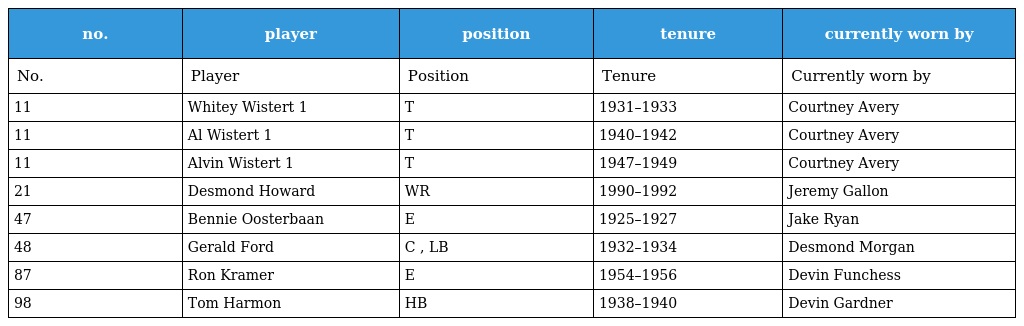
| no. | player | position | tenure | currently worn by |
 | --- | --- | --- | --- | --- |
 | No. | Player | Position | Tenure | Currently worn by |
 | 11 | Whitey Wistert 1 | T | 1931–1933 | Courtney Avery |
 | 11 | Al Wistert 1 | T | 1940–1942 | Courtney Avery |
 | 11 | Alvin Wistert 1 | T | 1947–1949 | Courtney Avery |
 | 21 | Desmond Howard | WR | 1990–1992 | Jeremy Gallon |
 | 47 | Bennie Oosterbaan | E | 1925–1927 | Jake Ryan |
 | 48 | Gerald Ford | C , LB | 1932–1934 | Desmond Morgan |
 | 87 | Ron Kramer | E | 1954–1956 | Devin Funchess |
 | 98 | Tom Harmon | HB | 1938–1940 | Devin Gardner |